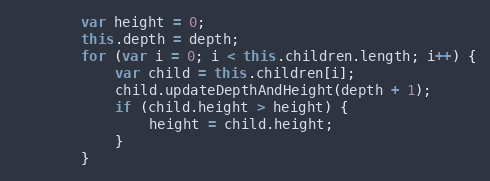
Language: JavaScript
        var height = 0;
        this.depth = depth;
        for (var i = 0; i < this.children.length; i++) {
            var child = this.children[i];
            child.updateDepthAndHeight(depth + 1);
            if (child.height > height) {
                height = child.height;
            }
        }